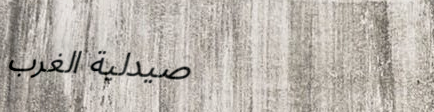
صيدلية الغرب